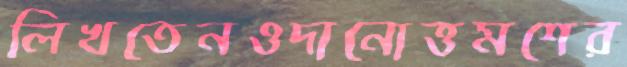
লিখতেনওদানোত্তমশের